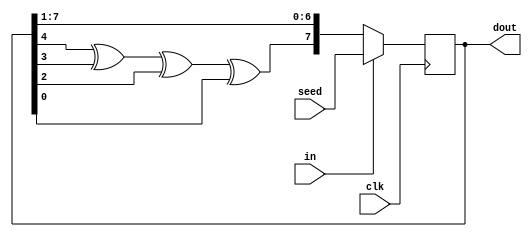
module lfsr(input  [7:0]  seed,
	input  clk,
	output reg [7:0] dout,
	input in//
	);
//add your code here

always @(posedge clk)
begin
if(in==1)
dout<=seed;
else
   dout<={dout[4]^dout[3]^dout[2]^dout[0],dout[7:1]};
end

endmodule